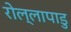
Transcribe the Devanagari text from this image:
रोल्लापाडु